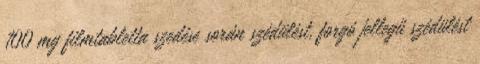
100 mg filmtabletta szedése során szédülést, forgó jellegű szédülést